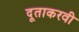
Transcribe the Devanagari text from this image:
दूताकरवी